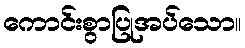
ကောင်းစွာပြုအပ်သော။